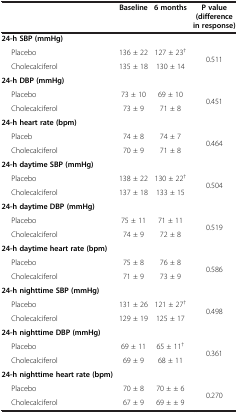
<table><thead><tr><td><b> </b></td><td><b>Baseline</b></td><td><b>6 months</b></td><td><b>P value (difference in response)</b></td></tr></thead><tbody><tr><td><b>24-h SBP (mmHg)</b></td><td> </td><td> </td><td> </td></tr><tr><td>Placebo</td><td>136 ± 22</td><td>127 ± 23<sup>†</sup></td><td rowspan="2">0.511</td></tr><tr><td>Cholecalciferol</td><td>135 ± 18</td><td>130 ± 14</td></tr><tr><td><b>24-h DBP (mmHg)</b></td><td> </td><td> </td><td> </td></tr><tr><td>Placebo</td><td>73 ± 10</td><td>69 ± 10</td><td rowspan="2">0.451</td></tr><tr><td>Cholecalciferol</td><td>73 ± 9</td><td>71 ± 8</td></tr><tr><td><b>24-h heart rate (bpm)</b></td><td> </td><td> </td><td> </td></tr><tr><td>Placeb</td><td>74 ± 8</td><td>74 ± 7</td><td rowspan="2">0.464</td></tr><tr><td>Cholecalciferol</td><td>70 ± 9</td><td>71 ± 8</td></tr><tr><td><b>24-h daytime SBP (mmHg)</b></td><td> </td><td> </td><td> </td></tr><tr><td>Placebo</td><td>138 ± 22</td><td>130 ± 22<sup>†</sup></td><td rowspan="2">0.504</td></tr><tr><td>Cholecalciferol</td><td>137 ± 18</td><td>133 ± 15</td></tr><tr><td><b>24-h daytime DBP (mmHg)</b></td><td> </td><td> </td><td> </td></tr><tr><td>Placebo</td><td>75 ± 11</td><td>71 ± 11</td><td rowspan="2">0.519</td></tr><tr><td>Cholecalciferol</td><td>74 ± 9</td><td>72 ± 8</td></tr><tr><td><b>24-h daytime heart rate (bpm)</b></td><td> </td><td> </td><td> </td></tr><tr><td>Placebo</td><td>75 ± 8</td><td>76 ± 8</td><td rowspan="2">0.586</td></tr><tr><td>Cholecalciferol</td><td>71 ± 9</td><td>73 ± 9</td></tr><tr><td><b>24-h nighttime SBP (mmHg)</b></td><td> </td><td> </td><td> </td></tr><tr><td>Placebo</td><td>131 ± 26</td><td>121 ± 27<sup>†</sup></td><td rowspan="2">0.498</td></tr><tr><td>Cholecalciferol</td><td>129 ± 19</td><td>125 ± 17</td></tr><tr><td><b>24-h nighttime DBP (mmHg)</b></td><td> </td><td> </td><td> </td></tr><tr><td>Placebo</td><td>69 ± 11</td><td>65 ± 11<sup>†</sup></td><td rowspan="2">0.361</td></tr><tr><td>Cholecalciferol</td><td>69 ± 9</td><td>68 ± 11</td></tr><tr><td><b>24-h nighttime heart rate (bpm)</b></td><td> </td><td> </td><td> </td></tr><tr><td>Placebo</td><td>70 ± 8</td><td>70 ± ± 6</td><td rowspan="2">0.270</td></tr><tr><td>Cholecalciferol</td><td>67 ± 9</td><td>69 ± ± 9</td></tr></tbody></table>